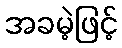
အခမဲ့ဖြင့်